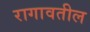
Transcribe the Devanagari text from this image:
रागावतील